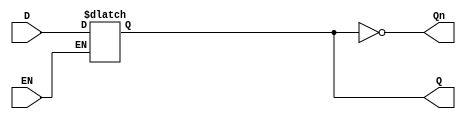
module latch_register (
    input wire D,       // Data Input
    input wire EN,      // Enable Signal
    output reg Q,       // Data Output
    output wire Qn      // Inverted Output
);

// Inverted output is the complement of Q
assign Qn = ~Q;

// Latch behavior: 
// When EN is high, capture D; when low, hold the previous state.
always @(*) begin
    if (EN) begin
        Q = D; // Capture input when enabled
    end
    // If EN is low, Q retains its previous value
end

endmodule